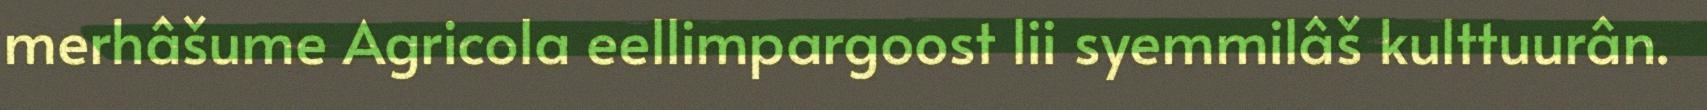
merhâšume Agricola eellimpargoost lii syemmilâš kulttuurân.